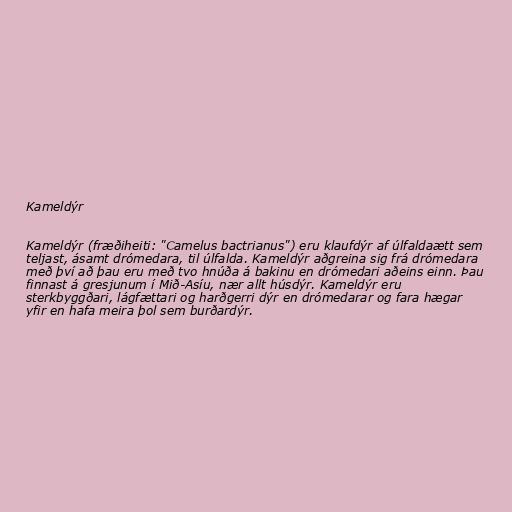
Kameldýr

Kameldýr (fræðiheiti: "Camelus bactrianus") eru klaufdýr af úlfaldaætt sem
teljast, ásamt drómedara, til úlfalda. Kameldýr aðgreina sig frá drómedara
með því að þau eru með tvo hnúða á bakinu en drómedari aðeins einn. Þau
finnast á gresjunum í Mið-Asíu, nær allt húsdýr. Kameldýr eru
sterkbyggðari, lágfættari og harðgerri dýr en drómedarar og fara hægar
yfir en hafa meira þol sem burðardýr.